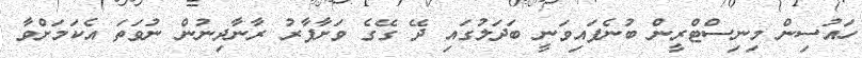
ހައުސިން މިނިސްޓްރީން ބުނެފައިވަނީ ބަދަލުގައި ދޭ ގޭގެ ވަށާފާރު ރާނާދިނުން ނުވަތަ އެކަމަށްވާ